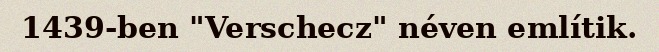
1439-ben "Verschecz" néven említik.